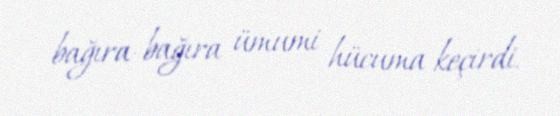
bağıra-bağıra ümumi hücuma keçirdi.